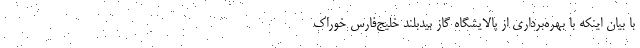
با بیان اینکه با بهره‌برداری از پالایشگاه گاز بیدبلند خلیج‌فارس خوراک